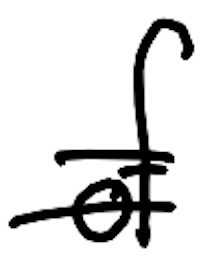
Text: of
Cross-out: double-line
Writing tool: digital_black